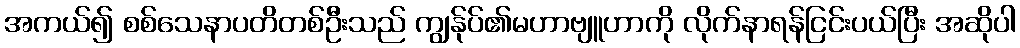
အကယ်၍ စစ်သေနာပတိတစ်ဦးသည် ကျွန်ုပ်၏မဟာဗျူဟာကို လိုက်နာရန်ငြင်းပယ်ပြီး အဆိုပါ